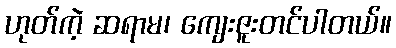
ဟုတ်ကဲ့ ဆရာမ၊ ကျေးဇူးတင်ပါတယ်။